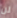
لن